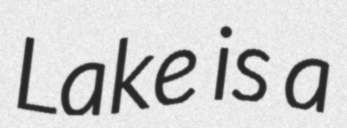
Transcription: Lake is a